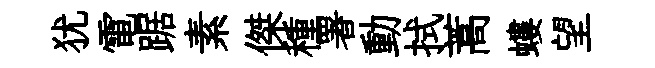
犹電踞素傑種署動拭蒿螻望